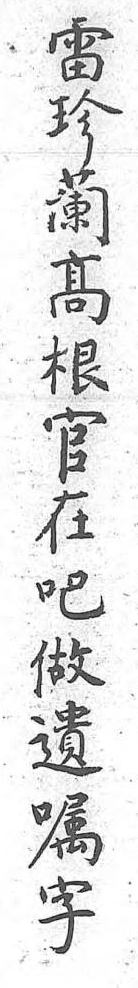
雷珍蘭高根官在吧做遺囑字